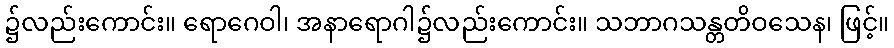
၌လည်းကောင်း။ ရောဂေဝါ၊ အနာရောဂါ၌လည်းကောင်း။ သဘာဂသန္တတိဝသေန၊ ဖြင့်။